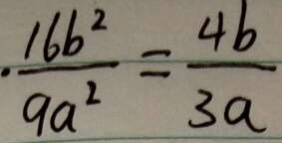
\cdot \frac { 1 6 b ^ { 2 } } { 9 a ^ { 2 } } = \frac { 4 b } { 3 a }